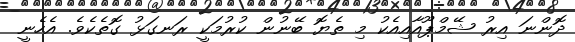
ދޮންނަ އިރު ޝޭމްޕޫއާއިއެކު މި ތެޔޮ ބޭނުން ކުރުމަކީ ރަނގަޅު ގޮތެކެވެ. އެހެނީ